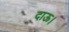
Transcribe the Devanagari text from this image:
दाऊ।